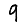
Digit: 9